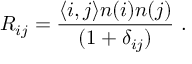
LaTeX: R _ { i j } = { \frac { \langle i , j \rangle n ( i ) n ( j ) } { ( 1 + \delta _ { i j } ) } } ~ .